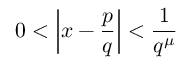
0 < \left| x - { \frac { p } { q } } \right| < { \frac { 1 } { q ^ { \mu } } }